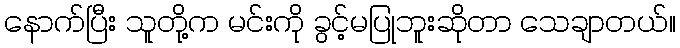
နောက်ပြီး သူတို့က မင်းကို ခွင့်မပြုဘူးဆိုတာ သေချာတယ်။